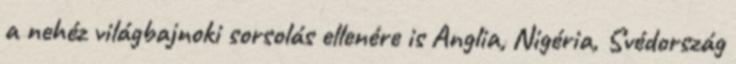
a nehéz világbajnoki sorsolás ellenére is Anglia, Nigéria, Svédország